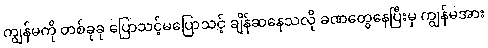
ကျွန်မကို တစ်ခုခု ပြောသင့်မပြောသင့် ချိန်ဆနေသလို ခဏတွေနေပြီးမှ ကျွန်မအား